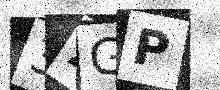
Text: 3ZGP